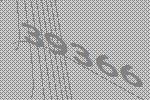
39366